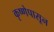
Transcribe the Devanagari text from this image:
कृष्णेपासून